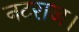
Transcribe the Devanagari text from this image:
नटराज।